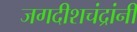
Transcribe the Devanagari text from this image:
जगदीशचंद्रांनी